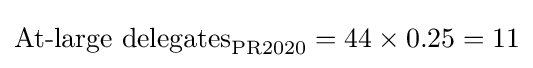
{\text{At-large delegates}}_{\text{PR2020}}=44\times 0.25=11